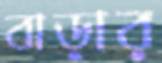
বাড়ার